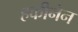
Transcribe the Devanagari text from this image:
हकीनेन